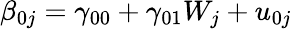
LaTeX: \beta_{0j}=\gamma_{00}+\gamma_{01}W_{j}+u_{0j}